Report of the Indian Hemp Drugs Commission, 1894-1895 - Volume I
Year: 1894
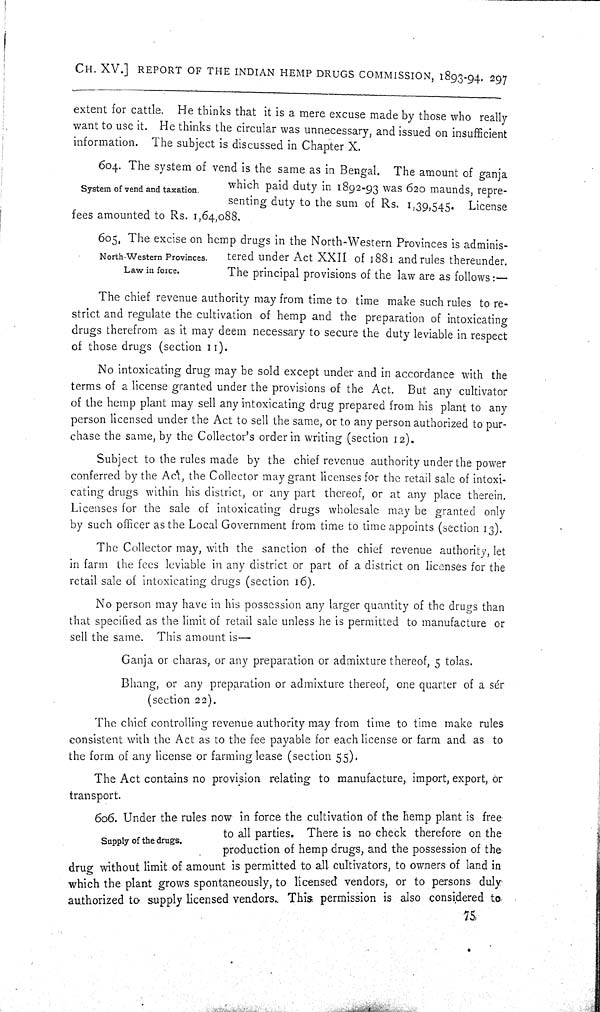
CH. XV.] REPORT OF THE INDIAN HEMP DRUGS COMMISSION, 1893-94. 297
extent for cattle. He thinks that it is a mere excuse made by those who really
want to use it. He thinks the circular was unnecessary, and issued on insufficient
information. The subject is discussed in Chapter X.
System of vend and taxation.
604. The system of vend is the same as in Bengal. The amount of ganja
which paid duty in 1892-93 was 620 maunds, repre-
senting duty to the sum of Rs. 1,39,545. License
fees amounted to Rs. 1,64,088.
North-Western Provinces.
Law in force.
605. The excise on hemp drugs in the North-Western Provinces is adminis-
tered under Act XXII of 1881 and rules thereunder.
The principal provisions of the law are as follows:—
The chief revenue authority may from time to time make such rules to re-
strict and regulate the cultivation of hemp and the preparation of intoxicating
drugs therefrom as it may deem necessary to secure the duty leviable in respect
of those drugs (section 11).
No intoxicating drug may be sold except under and in accordance with the
terms of a license granted under the provisions of the Act. But any cultivator
of the hemp plant may sell any intoxicating drug prepared from his plant to any
person licensed under the Act to sell the same, or to any person authorized to pur-
chase the same, by the Collector's order in writing (section 12).
Subject to the rules made by the chief revenue authority under the power
conferred by the Act, the Collector may grant licenses for the retail sale of intoxi-
cating drugs within his district, or any part thereof, or at any place therein.
Licenses for the sale of intoxicating drugs wholesale may be granted only
by such officer as the Local Government from time to time appoints (section 13).
The Collector may, with the sanction of the chief revenue authority, let
in farm the fees leviable in any district or part of a district on licenses for the
retail sale of intoxicating drugs (section 16).
No person may have in his possession any larger quantity of the drugs than
that specified as the limit of retail sale unless he is permitted to manufacture or
sell the same. This amount is—
Ganja or charas, or any preparation or admixture thereof, 5 tolas.
Bhang, or any preparation or admixture thereof, one quarter of a sér
(section 22).
The chief controlling revenue authority may from time to time make rules
consistent with the Act as to the fee payable for each license or farm and as to
the form of any license or farming lease (section 55).
The Act contains no provision relating to manufacture, import, export, or
transport.
Supply of the drugs;
606. Under the rules now in force the cultivation of the hemp plant is free
to all parties. There is no check therefore on the
production of hemp drugs, and the possession of the
drug without limit of amount is permitted to all cultivators, to owners of land in
which the plant grows spontaneously, to licensed vendors, or to persons duly
authorized to supply licensed vendors. This permission is also considered to
75